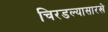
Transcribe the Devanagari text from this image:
चिरडल्यासारखे